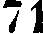
71